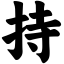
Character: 持